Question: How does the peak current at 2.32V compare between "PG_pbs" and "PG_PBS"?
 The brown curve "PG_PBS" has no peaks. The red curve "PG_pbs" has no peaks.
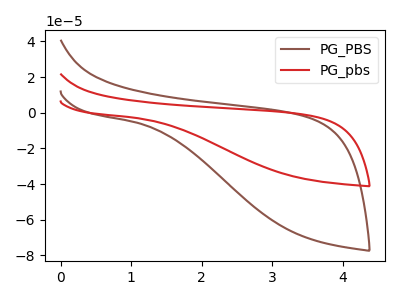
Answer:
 <answer>"PG_pbs" and "PG_PBS" dont share a peak at 2.32V.</answer>
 <eval>mismatch</eval>